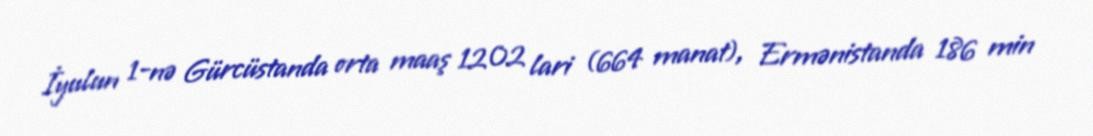
İyulun 1-nə Gürcüstanda orta maaş 1202 lari (664 manat), Ermənistanda 186 min